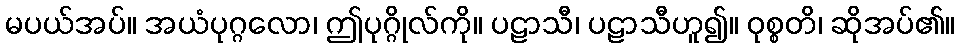
မပယ်အပ်။ အယံပုဂ္ဂလော၊ ဤပုဂ္ဂိုလ်ကို။ ပဠာသီ၊ ပဠာသီဟူ၍။ ဝုစ္စတိ၊ ဆိုအပ်၏။